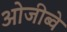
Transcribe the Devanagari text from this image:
ओजीब्वे